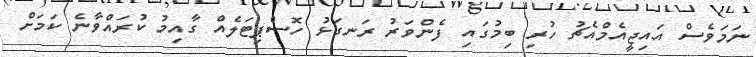
ނަމަވެސް އައިޖީއެމްއެޗު ހުރި ބިމުގައި ފެންވަރު ރަނގަޅު ހޮސްޕިޓަލެއް ގާއިމު ކުރައްވާނެ ކަމަށް